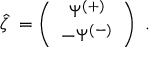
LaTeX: \hat { \zeta } { \bf \Psi } = \left( \begin{array} { c } { { \Psi ^ { ( + ) } } } \\ { { - \Psi ^ { ( - ) } } } \end{array} \right) \; .